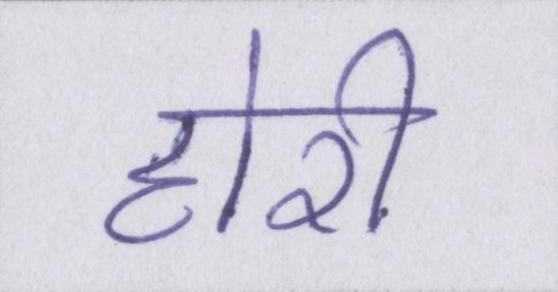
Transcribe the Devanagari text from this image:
होरी